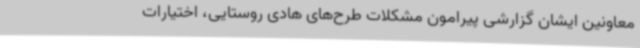
معاونین ایشان گزارشی پیرامون مشکلات طرح‌های هادی روستایی، اختیارات